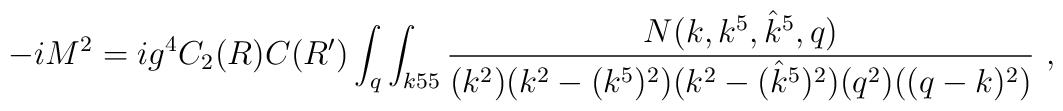
-i M^2 =  i g^4 C_2(R)  C(R') \int_q \int_{k55}{ N(k,k^5,{\hat k}^5,q)\over  (k^2)(k^2 - (k^5)^2)(k^2 -( {\hat k}^5)^2) (q^2)((q-k)^2)} \ ,